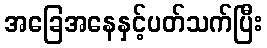
အခြေအနေနှင့်ပတ်သက်ပြီး